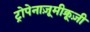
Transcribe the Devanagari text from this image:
ट्रोपेनाज़ूमीक्रूज़ी